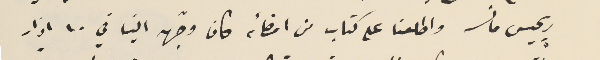
ريجيس مانسه واطلعنا على كتاب من امضائه كاف وجّهه الينا في ١٠ اذار